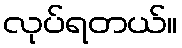
လုပ်ရတယ်။